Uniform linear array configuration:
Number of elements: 64
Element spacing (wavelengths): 1
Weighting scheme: exponential
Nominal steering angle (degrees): -30
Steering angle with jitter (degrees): -28.31
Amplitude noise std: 0.05
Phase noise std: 0.05

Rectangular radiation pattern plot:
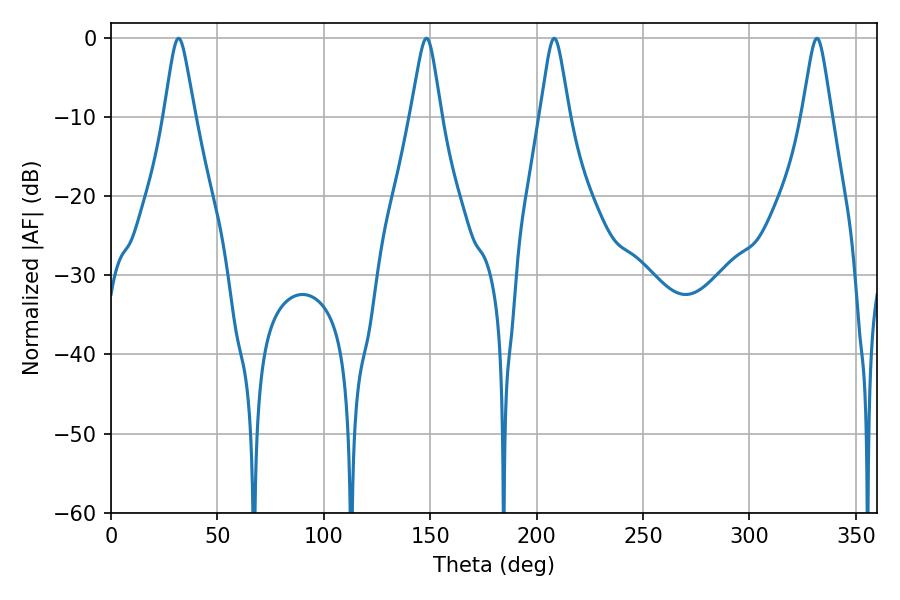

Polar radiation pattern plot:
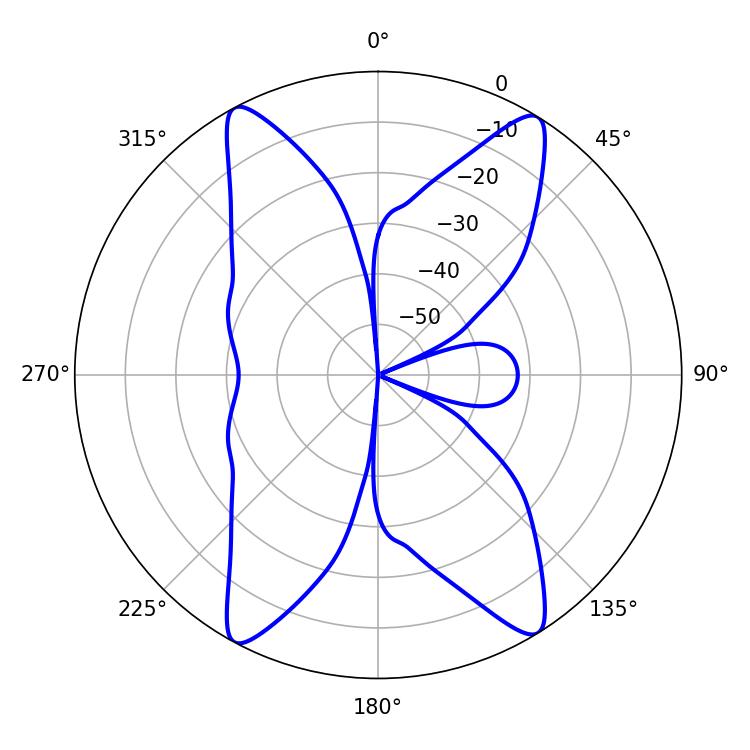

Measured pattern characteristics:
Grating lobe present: TRUE
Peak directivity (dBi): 20.456
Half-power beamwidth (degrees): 6.48
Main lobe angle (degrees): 208.26